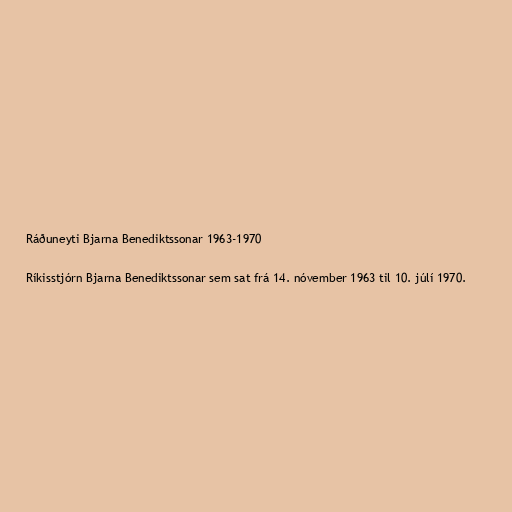
Ráðuneyti Bjarna Benediktssonar 1963-1970

Ríkisstjórn Bjarna Benediktssonar sem sat frá 14. nóvember 1963 til 10. júlí 1970.